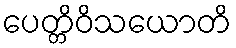
ပေတ္တိဝိသယောတိ